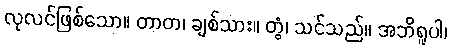
လုလင်ဖြစ်သော။ တာတ၊ ချစ်သား။ တွံ၊ သင်သည်။ အဘိရူပါ၊